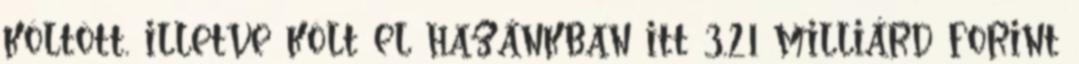
költött, illetve költ el hazánkban itt 3,21 milliárd forint